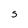
Character: 5